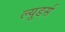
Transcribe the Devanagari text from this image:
ल्यूडर्स